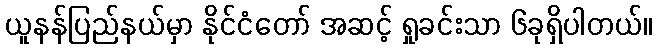
ယူနန်ပြည်နယ်မှာ နိုင်ငံတော် အဆင့် ရှုခင်းသာ ၆ခုရှိပါတယ်။